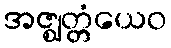
အဇ္ဈတ္တံယေဝ